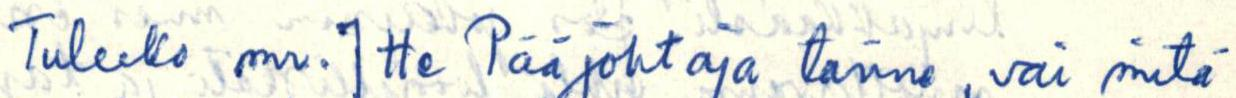
Tuleeko mr. Itte Pääjohtaja tänne, vai mitä